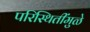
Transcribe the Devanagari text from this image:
परिस्थितींमुळे